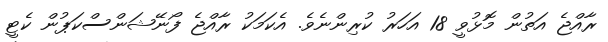
ރާއްޖެ އަތުން މޮޅުވީ 18 އަހަރު ކުރިންނެވެ. އެކަމަކު ރާއްޖެ ފޯނޭޝަންސްކަޕުން ކެޓީ